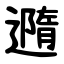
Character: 䢫